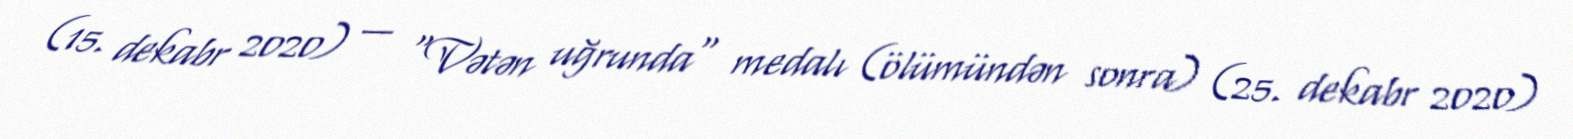
(15. dekabr 2020) — "Vətən uğrunda" medalı (ölümündən sonra) (25. dekabr 2020)